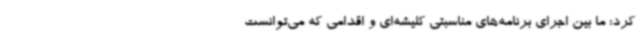
کرد: ما بین اجرای برنامه‌های مناسبتی کلیشه‌ای و اقدامی که می‌توانست